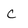
Character: C